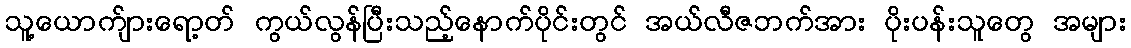
သူ့ယောက်ျားရော့တ် ကွယ်လွန်ပြီးသည့်နောက်ပိုင်းတွင် အယ်လီဇဘက်အား ပိုးပန်းသူတွေ အများ